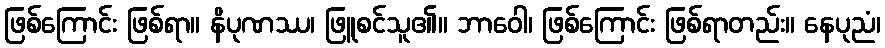
ဖြစ်ကြောင်း ဖြစ်ရာ။ နိပုဏဿ၊ ဖြူစင်သူ၏။ ဘာဝေါ၊ ဖြစ်ကြောင်း ဖြစ်ရာတည်း။ နေပုညံ၊